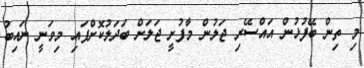
މި ތިން ބޭފުޅުން އައްސޭރި ޖަލުން މާފުށީ ޖަލަށް ބަދަލުކޮށްފައި މިވަނީ ނައިބު